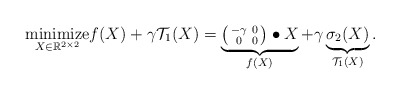
\begin{align*}\underset{X\in\mathbb{R}^{2\times2}}{\mbox{minimize}} & f(X)+\gamma\mathcal{T}_1(X)=\underbrace{ \begin{psmallmatrix}-\gamma & 0 \\0 & 0\end{psmallmatrix}\bullet X}_{f(X)}+\gamma\underbrace{\sigma_2(X)}_{\mathcal{T}_1(X)}.\end{align*}